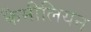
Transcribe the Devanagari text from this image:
कैमीलियन